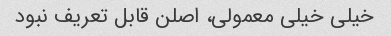
خیلی خیلی معمولی، اصلن قابل تعریف نبود